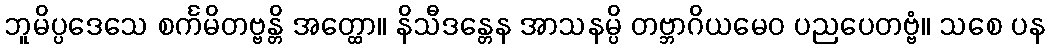
ဘူမိပ္ပဒေသေ စင်္ကမိတဗ္ဗန္တိ အတ္ထော။ နိသီဒန္တေန အာသနမ္ပိ တဗ္ဘာဂိယမေဝ ပညပေတဗ္ဗံ။ သစေ ပန